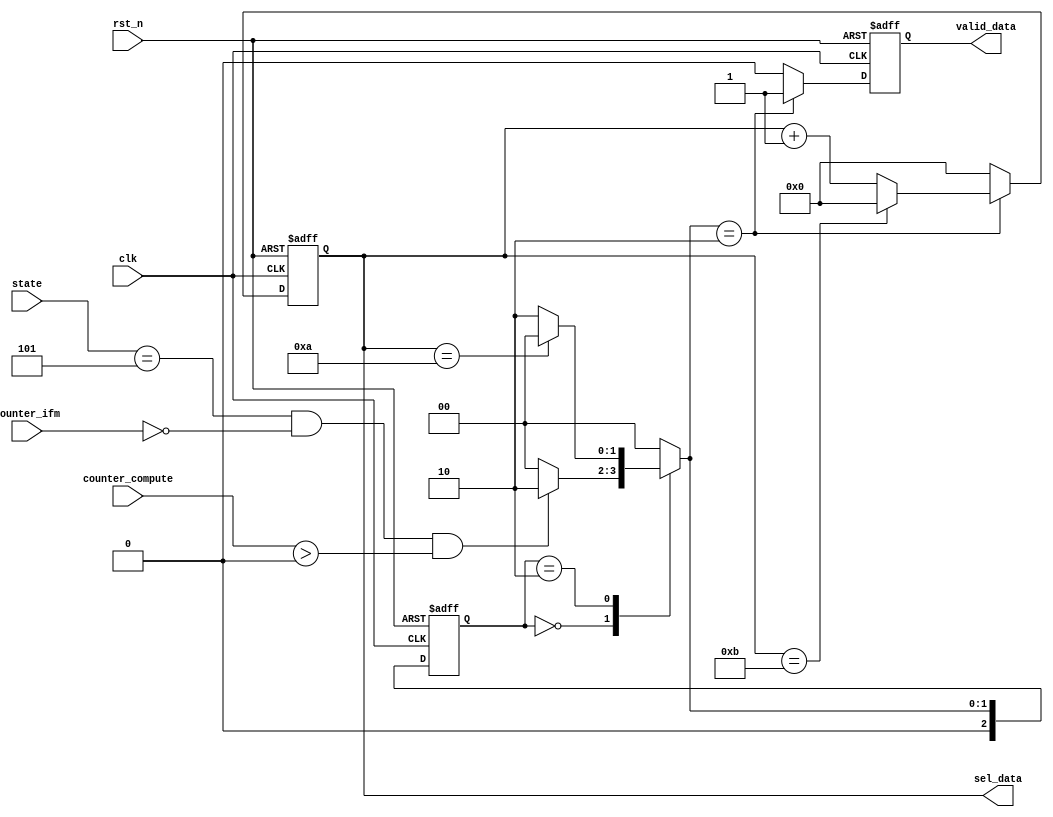
module WRITE_DATA #(parameter DATA_WIDTH = 24 , OUTPUT_SIZE = 10 ) (
	   clk
		,rst_n
		,state
		,valid_data
		,sel_data
		,counter_ifm
		,counter_compute
);
  input clk;
  input rst_n;
  input [3:0] state;
  input [7:0] counter_compute;
	input [15:0] counter_ifm;
  output reg valid_data;
  output reg [3:0] sel_data;

	reg [2:0] current_state;
	reg [2:0] next_state;

	parameter IDLE = 3'd0;
	parameter WAIT_WRITE = 3'd1;
	parameter WRITE_DATA = 3'd2;

	always @(posedge clk or negedge rst_n) begin
		if(!rst_n) begin
			current_state <= 3'd0;
		end
		else begin
			current_state <= next_state;
		end
	end

	always @(state or current_state or sel_data or counter_compute or counter_ifm ) begin
		case(current_state)
			3'd0: begin
				if((state == 4'd5) && (counter_ifm == 0) && (counter_compute > 0) )
					next_state = WRITE_DATA;
				else 
					next_state = IDLE;
				end
			3'd2:
				if(sel_data == OUTPUT_SIZE)
					next_state = IDLE;
				else 
					next_state = WRITE_DATA;
			default: next_state = IDLE;
		endcase
	end
	always @(posedge clk or negedge rst_n) begin
		if(!rst_n) begin
			valid_data <= 0;
			sel_data <= 0;
		end
		else begin
			case(next_state) 
				IDLE: begin
					valid_data <= 0;
			    sel_data <= 0;
				end
				WRITE_DATA: begin
					valid_data <= 1;
					sel_data <= (sel_data == OUTPUT_SIZE + 1) ? 0 : sel_data + 1;
				end
				default: begin
					valid_data <= 0;
			    sel_data <= 0;
				end
			endcase
		end
	end
					
endmodule